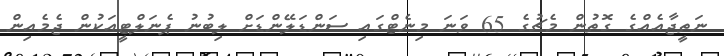
ނަތީޖާއެއްގެ ގޮތުން މެޗުގެ 65 ވަނަ މިނެޓްގައި ސަންޑަލޭންޑަށް ލިބުނު ޕެނަލްޓީއަކުން ޖެމެއިން